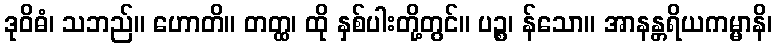
ဒုဝိဓံ၊ သဘည်။ ဟောတိ။ တတ္ထ၊ ထို နှစ်ပါးတို့တွင်။ ပဉ္စ၊ န်သော။ အာနန္တရိယကမ္မာနိ၊